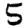
Digit: 5